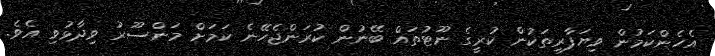
އެހެންކަމުން ވިޔަފާރިތަކުން ކުރީގެ ނޫޓުތައް ބޭނުން ކުރަންޖެހޭނެ ކަމަށް މަންސޫރު ވިދާޅުވި އެވެ.